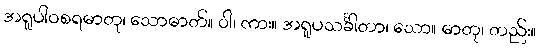
အရူပါဝစရဓာတု၊ သောဓာတ်။ ဝါ၊ ကား။ အရူပသင်္ခါတာ၊ သော။ ဓာတု၊ တည်း။